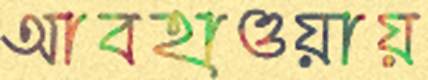
আবহাওয়ায়